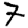
Digit: 7